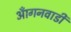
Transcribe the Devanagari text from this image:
आँगनवाडी